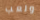
ولعب